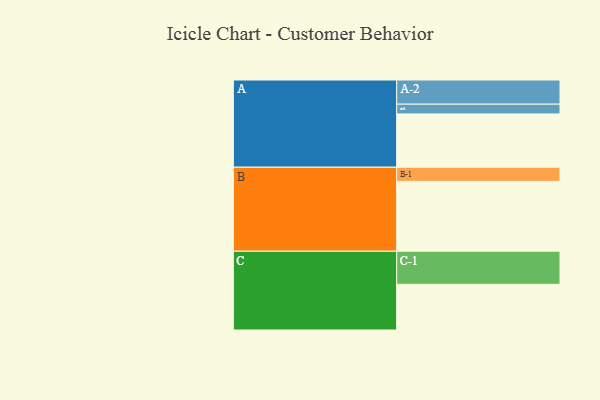
{"axis": {"x": "Segment", "y": "Value"}, "legend": ["", "A", "B", "C"], "data": [{"x": "A", "y": 448, "type": ""}, {"x": "B", "y": 587, "type": ""}, {"x": "C", "y": 384, "type": ""}, {"x": "A-1", "y": 82, "type": "A"}, {"x": "A-2", "y": 203, "type": "A"}, {"x": "B-1", "y": 119, "type": "B"}, {"x": "C-1", "y": 278, "type": "C"}]}